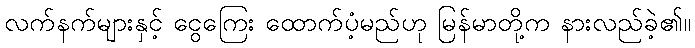
လက်နက်များနှင့် ငွေကြေး ထောက်ပံ့မည်ဟု မြန်မာတို့က နားလည်ခဲ့၏။